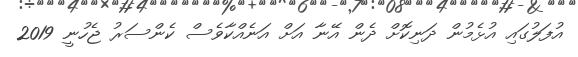
އުފަލުގައި އުޅެމުން ދަނިކޮށް ދެން އޭނާ އަށް އަނެއްކާވެސް ކެންސަރު ޖެހުނީ 2019